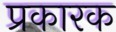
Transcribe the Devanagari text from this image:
प्रकारक